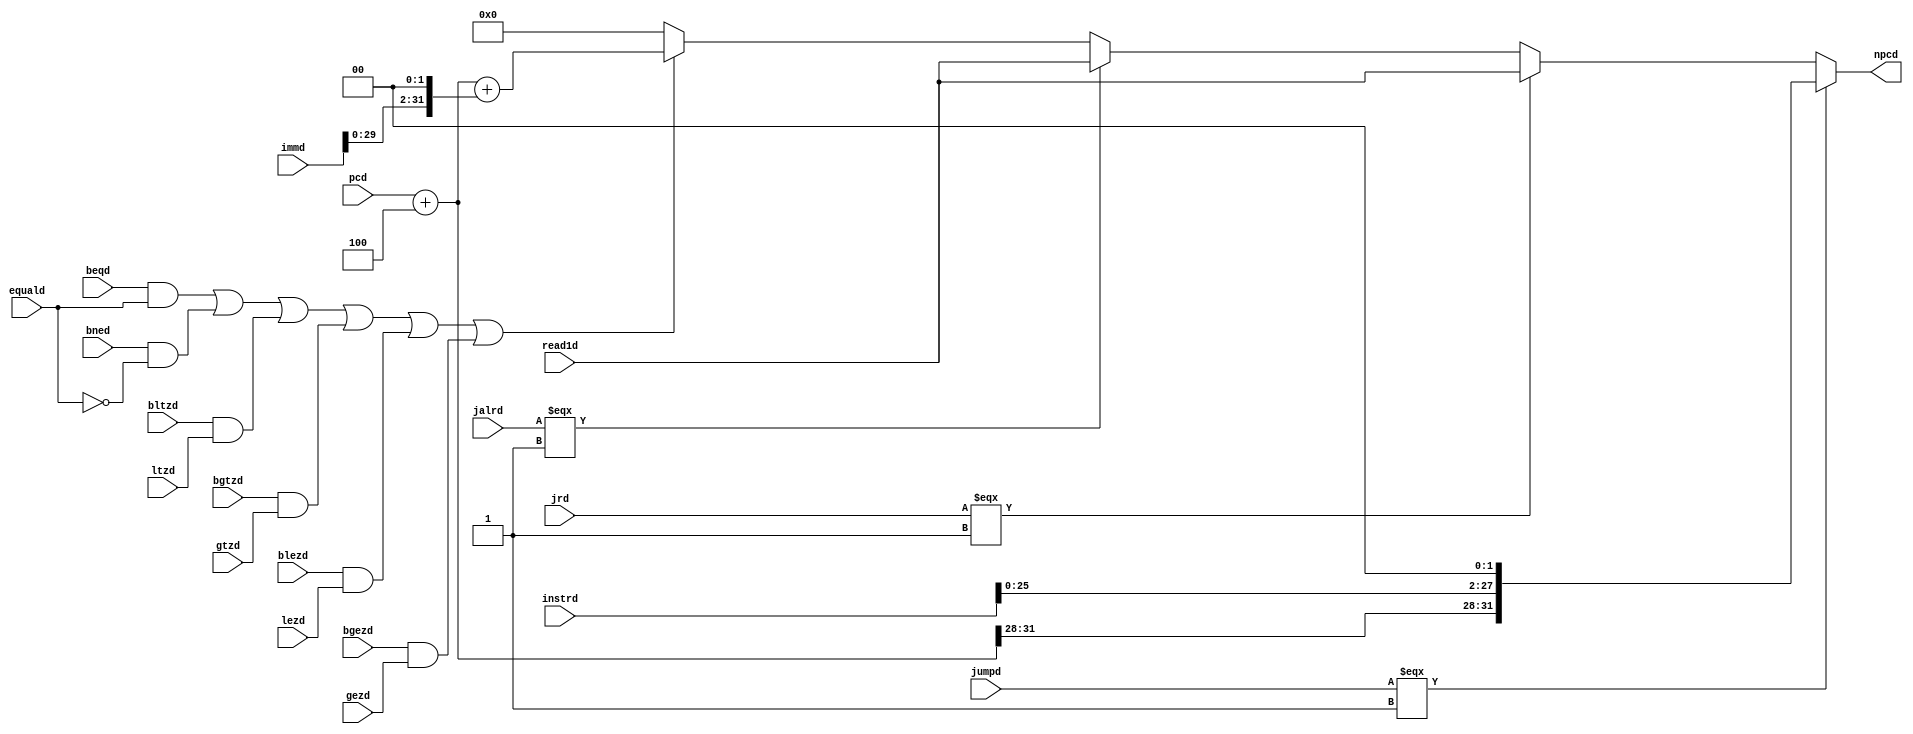
`timescale 1ns / 1ps
//////////////////////////////////////////////////////////////////////////////////
// Company: 
// Engineer: 
// 
// Design Name: 
// Module Name:    npc 
// Project Name: 
// Target Devices: 
// Tool versions: 
// Description: 
//
// Dependencies: 
//
// Revision: 
// Revision 0.01 - File Created
// Additional Comments: 
//
//////////////////////////////////////////////////////////////////////////////////
module npc(
	input beqd, jumpd, jrd, jalrd, bned, bltzd, bgtzd, blezd, bgezd,
    input equald, ltzd, gtzd, lezd, gezd,
    input [31:0] pcd,
    input [31:0] immd, instrd, read1d,
	output reg [31:0] npcd 
    );
	  
	wire [31:0] pcplus4d = pcd + 4;
	 
	always @ (*) begin
	    if(jumpd === 1)
		    npcd <= {pcplus4d[31:28],instrd[25:0],2'b00};
		else if(jrd === 1)
		    npcd <= read1d;
	   else if(jalrd === 1)
		    npcd <= read1d;
		else if((beqd && equald) || (bned && !equald) || (bltzd && ltzd) || (bgtzd && gtzd) || (blezd && lezd) || (bgezd && gezd))
		    npcd <= pcplus4d + {immd[29:0],2'b00};
		else 
		    npcd <= 0;
	end

endmodule